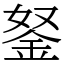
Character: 𨥬